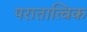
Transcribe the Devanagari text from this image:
परातात्विक